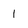
Character: 1